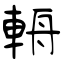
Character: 輈